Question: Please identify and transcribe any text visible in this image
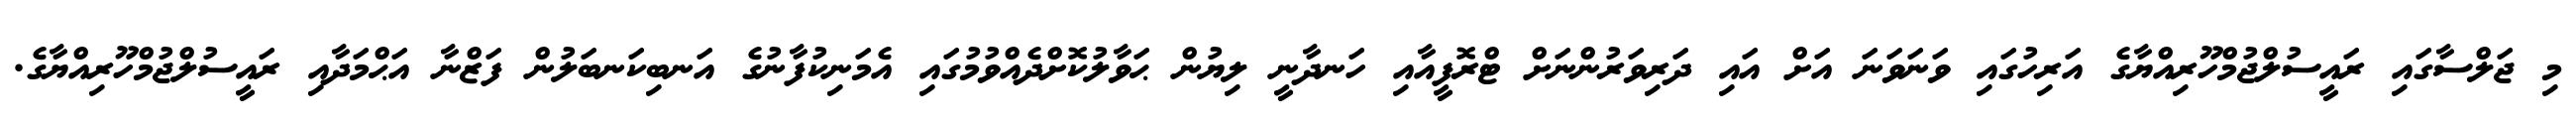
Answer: މި ޖަލްސާގައި ރައީސުލްޖުމްހޫރިއްޔާގެ އަރިހުގައި ވަނަވަނަ އަށް އައި ދަރިވަރުންނަށް ޓްރޮފީއާއި ހަނދާނީ ލިޔުން ޙަވާލުކޮށްދެއްވުމުގައި އެމަނިކުފާނުގެ އަނބިކަނބަލުން ފަޒްނާ އަޙްމަދާއި ރައީސުލްޖުމްހޫރިއްޔާގެ.